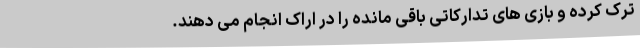
ترک کرده و بازی های تدارکاتی باقی مانده را در اراک انجام می دهند.